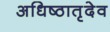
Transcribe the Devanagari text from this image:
अधिष्ठातृदेव